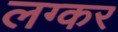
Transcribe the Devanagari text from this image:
लग्कर